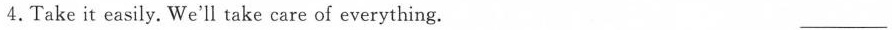
4.Takeit easily. We'll take care of everything. ___